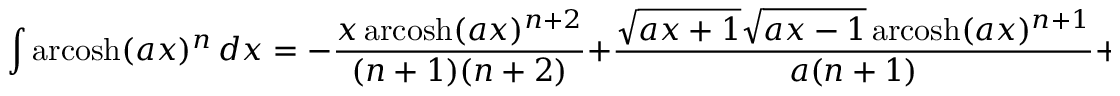
\int \operatorname { a r c o s h } ( a x ) ^ { n } \, d x = - { \frac { x \operatorname { a r c o s h } ( a x ) ^ { n + 2 } } { ( n + 1 ) ( n + 2 ) } } + { \frac { { \sqrt { a x + 1 } } { \sqrt { a x - 1 } } \operatorname { a r c o s h } ( a x ) ^ { n + 1 } } { a ( n + 1 ) } } + { \frac { 1 } { ( n + 1 ) ( n + 2 ) } } \int \operatorname { a r c o s h } ( a x ) ^ { n + 2 } \, d x \quad ( n \neq - 1 , - 2 )